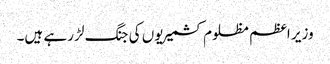
وزیر اعظم مظلوم کشمیریوں کی جنگ لڑ رہے ہیں۔